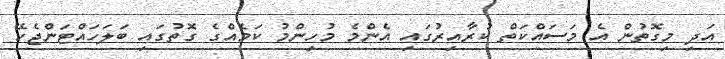
އަދި މިގޮތުން އެ މަސައްކަތް ކުރާއިރުގައި އެންމެ މުހިންމު ކަމެއްގެ ގޮތުގައި ބަލަހައްޓަންޖެހޭ